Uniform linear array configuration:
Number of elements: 24
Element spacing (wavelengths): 1
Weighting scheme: hann
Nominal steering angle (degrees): -60
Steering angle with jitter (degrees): -59.3
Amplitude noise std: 0.05
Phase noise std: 0.05

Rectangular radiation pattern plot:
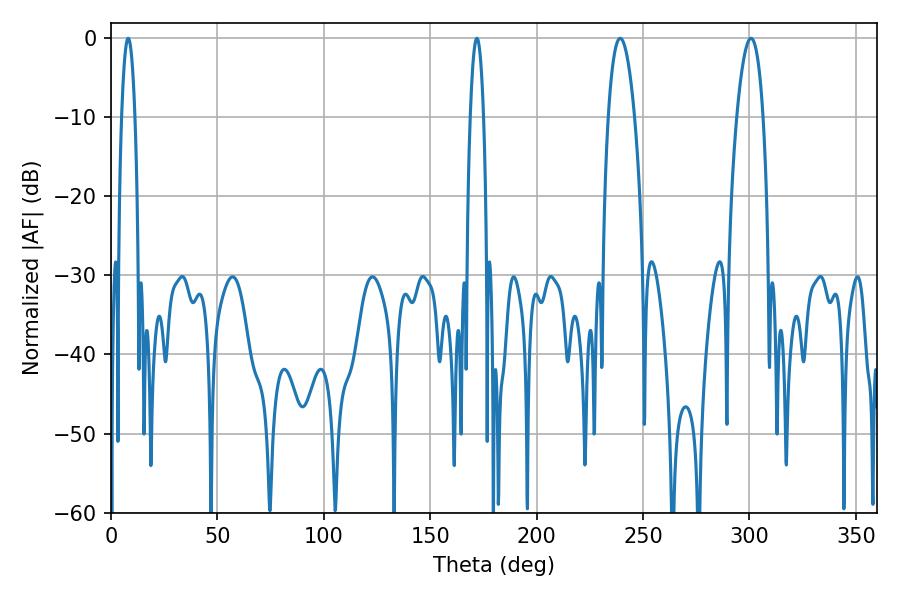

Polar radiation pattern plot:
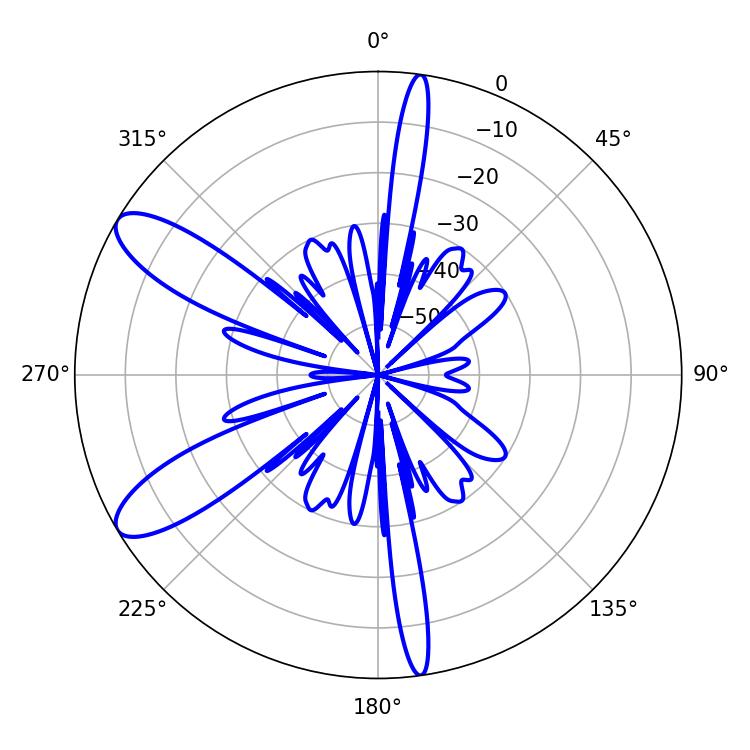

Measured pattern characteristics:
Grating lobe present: TRUE
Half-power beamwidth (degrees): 6.84
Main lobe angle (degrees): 239.22